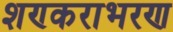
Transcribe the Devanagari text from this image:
शण्कराभरण